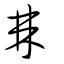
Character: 棘